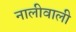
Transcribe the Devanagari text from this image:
नालीवाली